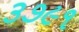
૩૭૯૧